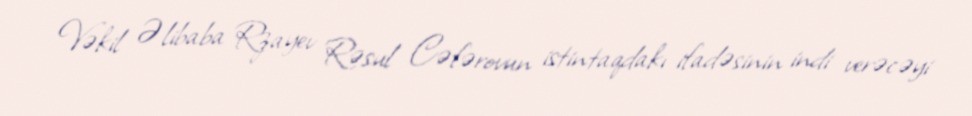
Vəkil Əlibaba Rzayev Rəsul Cəfərovun istintaqdakı ifadəsinin indi verəcəyi